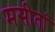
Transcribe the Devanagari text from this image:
मसीतां